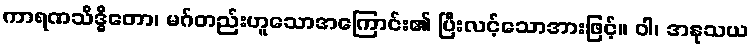
ကာရဏသိဒ္ဓိတော၊ မဂ်တည်းဟူသောအကြောင်း၏ ပြီးလင့်သောအားဖြင့်။ ဝါ၊ အနုသယ